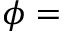
\phi =